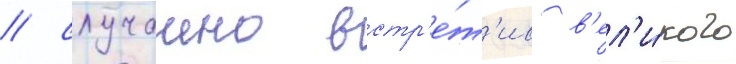
/ случаино встр'е́т'ив в'ел'и́кого